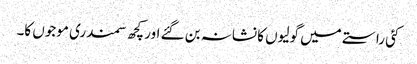
کئی راستے میں گولیوں کا نشانہ بن گئے اور کچھ سمندری موجوں کا۔